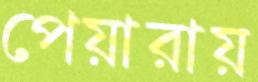
পেয়ারায়